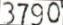
3790